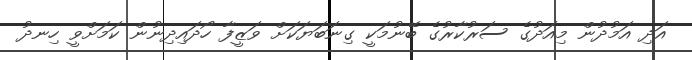
އަދި އަމުދުން މިއަދުގެ ސަރުކާރުގެ ބޭނުމަކީ ގިނަބަޔަކަށް ވަޒީފާ ހޯދައިދިނުން ކަމަށްވީ ހިނދު